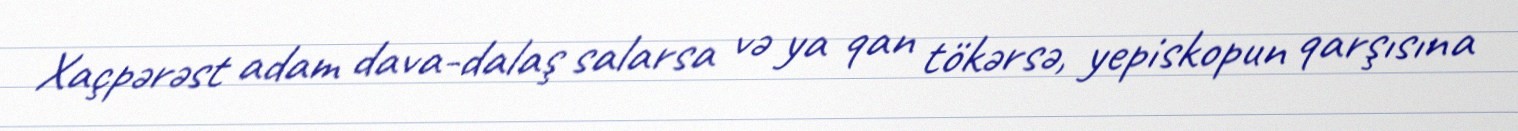
Xaçpərəst adam dava-dalaş salarsa və ya qan tökərsə, yepiskopun qarşısına